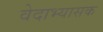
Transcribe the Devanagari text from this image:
वेदाभ्यासक